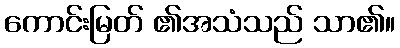
ကောင်းမြတ် ၏အသံသည် သာ၏။